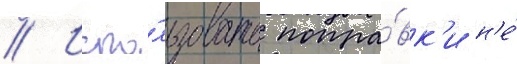
// Испо́льзовать попра́вк'и н'е́